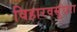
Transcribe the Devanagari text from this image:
विहारवसुंधरा